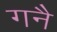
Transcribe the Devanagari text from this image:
गनै